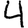
Digit: 4